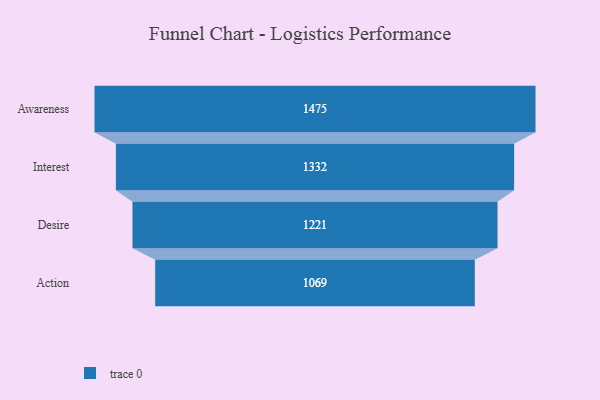
{"axis": {"x": "Stage", "y": "Value"}, "legend": [""], "data": [{"x": "Awareness", "y": 1475.0, "type": ""}, {"x": "Interest", "y": 1332.0, "type": ""}, {"x": "Desire", "y": 1221.0, "type": ""}, {"x": "Action", "y": 1069.0, "type": ""}]}